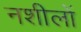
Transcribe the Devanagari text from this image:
नशीलों